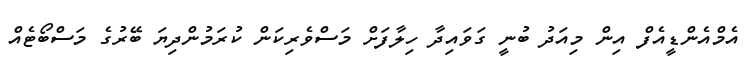
އެމްއެންޑީއެފް އިން މިއަދު ބުނީ ގަވައިދާ ހިލާފަށް މަސްވެރިކަން ކުރަމުންދިޔަ ބޭރުގެ މަސްބޯޓެއް